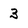
Character: 3